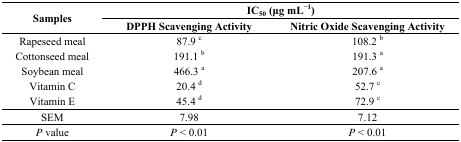
<table><thead><tr><td rowspan="2"><b>Samples</b></td><td colspan="2"><b>IC<sub>50</sub> (μg mL<sup>−1</sup>)</b></td></tr><tr><td><b>DPPH Scavenging Activity</b></td><td><b>Nitric Oxide Scavenging Activity</b></td></tr></thead><tbody><tr><td>Rapeseed meal</td><td>87.9 <sup>c</sup></td><td>108.2 <sup>b</sup></td></tr><tr><td>Cottonseed meal</td><td>191.1 <sup>b</sup></td><td>191.3 <sup>a</sup></td></tr><tr><td>Soybean meal</td><td>466.3 <sup>a</sup></td><td>207.6 <sup>a</sup></td></tr><tr><td>Vitamin C</td><td>20.4 <sup>d</sup></td><td>52.7 <sup>c</sup></td></tr><tr><td>Vitamin E</td><td>45.4 <sup>d</sup></td><td>72.9 <sup>c</sup></td></tr><tr><td>SEM</td><td>7.98</td><td>7.12</td></tr><tr><td><i>P</i> value</td><td><i>P</i> &lt; 0.01</td><td><i>P</i> &lt; 0.01</td></tr></tbody></table>